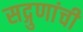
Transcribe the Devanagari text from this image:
सद्गुणांची